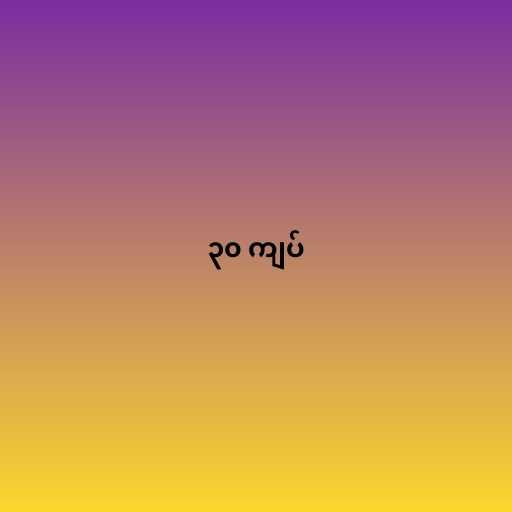
၃၀ ကျပ်